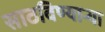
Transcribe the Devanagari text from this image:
साठविण्याऱ्या